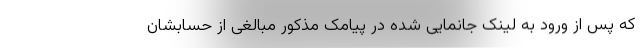
که پس از ورود به لینک جانمایی شده در پیامک مذکور مبالغی از حسابشان